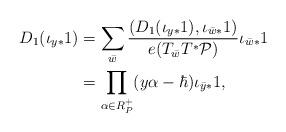
LaTeX: \begin{align*}D_1(\iota_{y*}1)&=\sum\limits_{\bar{w}}\frac{(D_1(\iota_{y*}1), \iota_{\bar{w}*}1)}{e(T_{\bar{w}}T^*\mathcal{P})}\iota_{\bar{w}*}1\\&=\prod\limits_{\alpha\in R^+_P}(y\alpha-\hbar)\iota_{\bar{y}*}1,\end{align*}